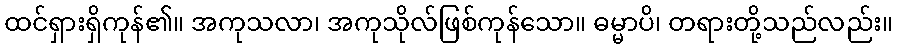
ထင်ရှားရှိကုန်၏။ အကုသလာ၊ အကုသိုလ်ဖြစ်ကုန်သော။ ဓမ္မာပိ၊ တရားတို့သည်လည်း။